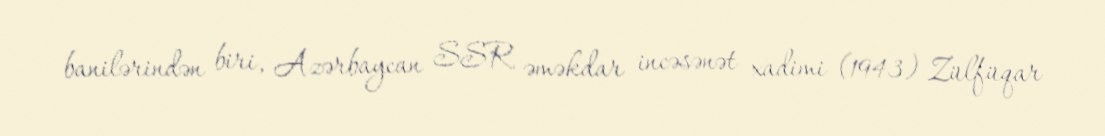
banilərindən biri, Azərbaycan SSR əməkdar incəsənət xadimi (1943) Zülfüqar